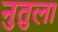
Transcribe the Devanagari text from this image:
नुतुला